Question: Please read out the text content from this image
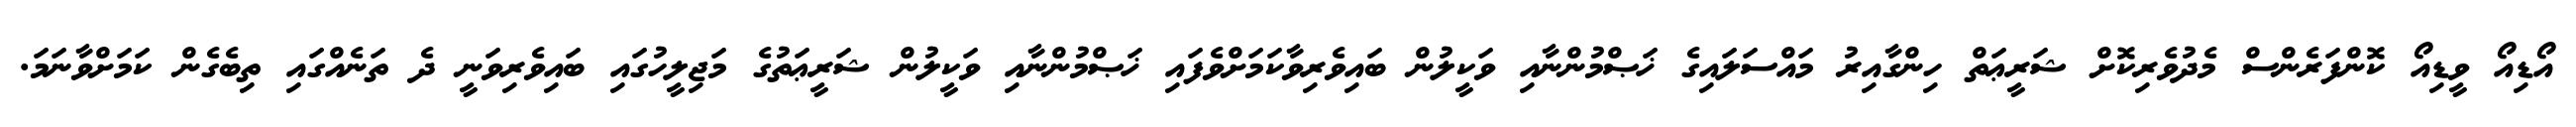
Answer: އޯޑިއޯ ވީޑިއޯ ކޮންފަރެންސް މެދުވެރިކޮށް ޝަރީޢަތް ހިންގާއިރު މައްސަލައިގެ ޚަޞްމުންނާއި ވަކީލުން ބައިވެރިވާކަމަށްވެފައި ޚަޞްމުންނާއި ވަކީލުން ޝަރީޢަތުގެ މަޖިލީހުގައި ބައިވެރިވަނީ ދެ ތަނެއްގައި ތިބެގެން ކަމަށްވާނަމަ.